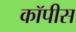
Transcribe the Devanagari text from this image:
कॉपीस